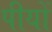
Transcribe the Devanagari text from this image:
पीयों